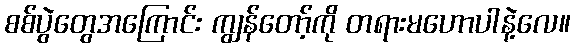
စစ်ပွဲတွေအကြောင်း ကျွန်တော့်ကို တရားမဟောပါနဲ့လေ။